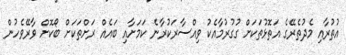
އުުތުރާއި މެދުތެރޭގެ އަތޮޅުތަަކަށް ގުގުރުމާއެކު ވިއްސާރަކުރާނެ ކަމަށާއި ބައެއް ރަށްތަކަށް ބޯކޮށް ވާރޭވެހުން